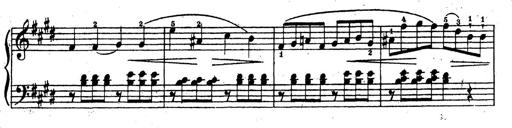
Title: 10 Sonatinas
Composer: Fritz Spindler